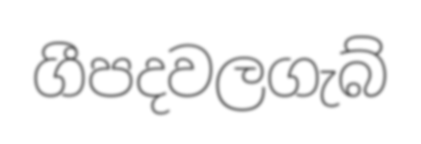
ගීපදවලගැබ්